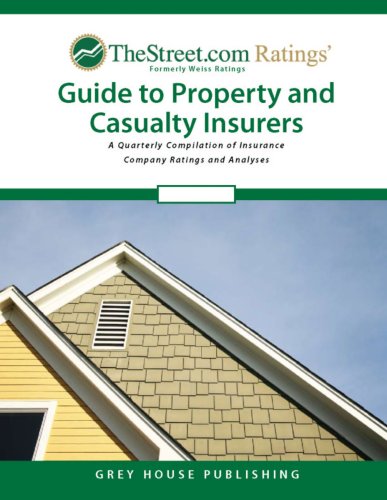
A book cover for TheStreet.com Ratings Guide to Property & Casualty Insurers, Summer 2007; Business & Money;